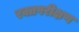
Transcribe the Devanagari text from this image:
रक्तपरीक्षण